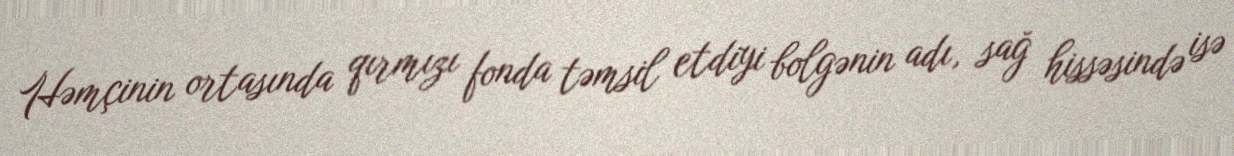
Həmçinin ortasında qırmızı fonda təmsil etdiyi bolgənin adı, sağ hissəsində isə